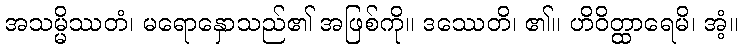
အသမ္မိဿတံ၊ မရောနှောသည်၏ အဖြစ်ကို။ ဒဿေတိ၊ ၏။ ဟိဝိတ္ထာရေမိ၊ အံ့။